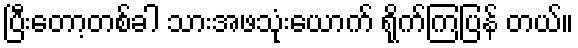
ပြီးတော့တစ်ခါ သားအဖသုံးယောက် ရိုက်ကြပြန် တယ်။